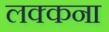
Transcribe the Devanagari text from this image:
लक्कना